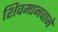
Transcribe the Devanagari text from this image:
शिवमानवाने